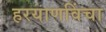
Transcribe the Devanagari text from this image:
हरयाणविंचा